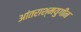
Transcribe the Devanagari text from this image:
आंतराश्मयुगीन